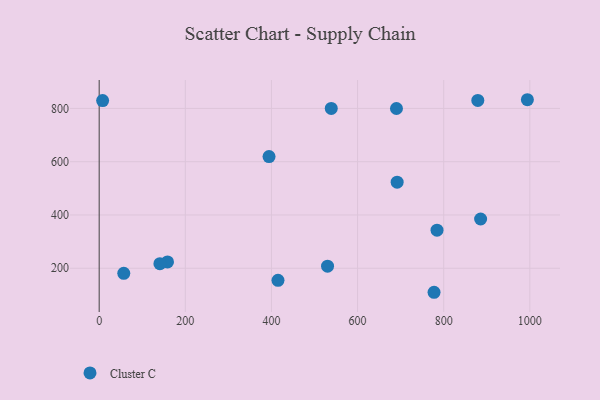
{"axis": {"x": "Ad Spend", "y": "Profit"}, "legend": ["Cluster C"], "data": [{"x": "538.9", "y": 800.0, "type": "Cluster C"}, {"x": "879.2", "y": 829.9, "type": "Cluster C"}, {"x": "415.2", "y": 154.5, "type": "Cluster C"}, {"x": "57.1", "y": 180.9, "type": "Cluster C"}, {"x": "8.0", "y": 829.4, "type": "Cluster C"}, {"x": "530.3", "y": 207.6, "type": "Cluster C"}, {"x": "158.7", "y": 223.9, "type": "Cluster C"}, {"x": "691.9", "y": 523.2, "type": "Cluster C"}, {"x": "690.3", "y": 799.6, "type": "Cluster C"}, {"x": "784.5", "y": 343.1, "type": "Cluster C"}, {"x": "394.4", "y": 619.1, "type": "Cluster C"}, {"x": "777.6", "y": 109.8, "type": "Cluster C"}, {"x": "885.7", "y": 384.8, "type": "Cluster C"}, {"x": "141.0", "y": 217.0, "type": "Cluster C"}, {"x": "994.3", "y": 832.6, "type": "Cluster C"}]}